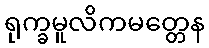
ရုက္ခမူလိကမတ္တေန